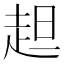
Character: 䞡